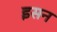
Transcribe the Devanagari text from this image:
इसन